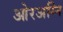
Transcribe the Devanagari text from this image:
ओरअग्नि